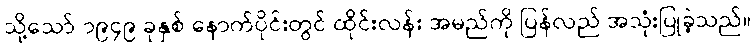
သို့သော် ၁၉၄၉ ခုနှစ် နောက်ပိုင်းတွင် ထိုင်းလန်း အမည်ကို ပြန်လည် အသုံးပြုခဲ့သည်။